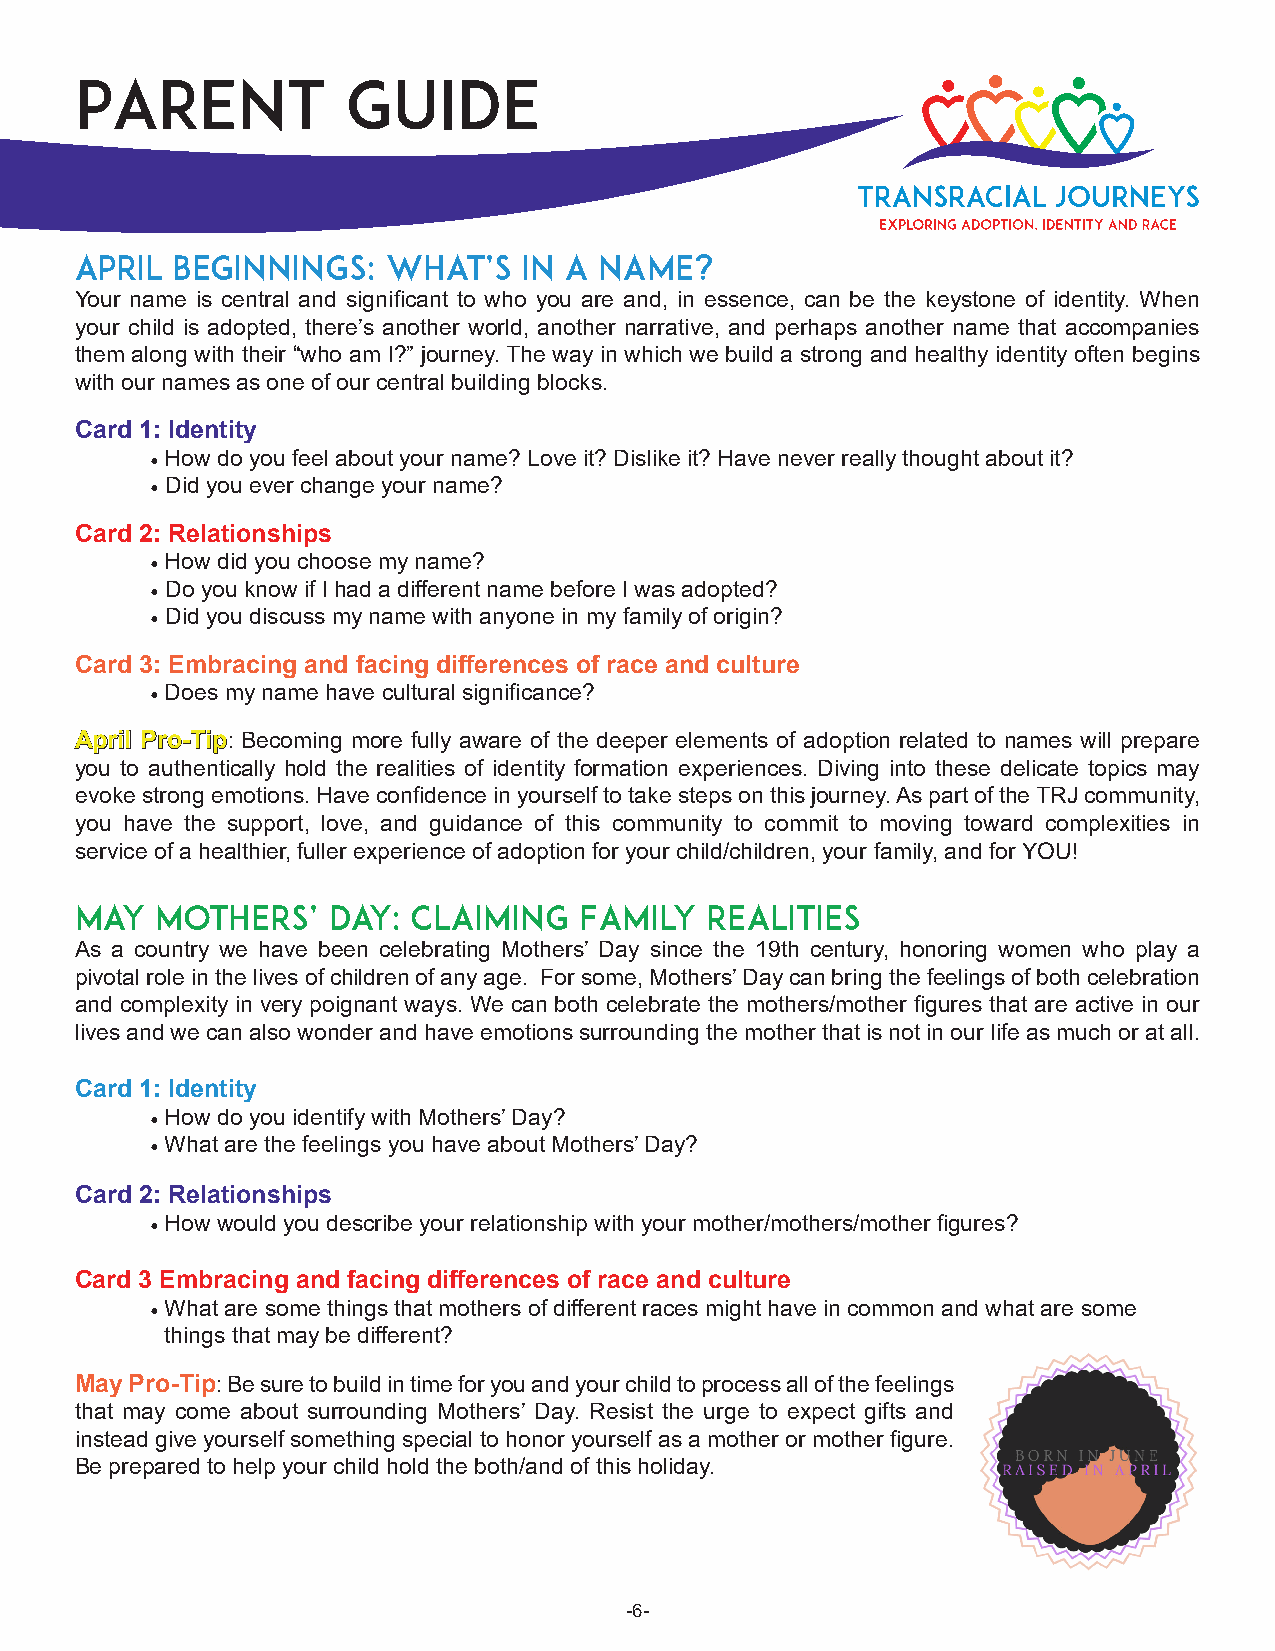
Parent            Guide
 April Beginnings:    What’s   in a Name?
 Your name is central and significant to who you are and, in essence, can be the keystone of identity. When
 your child is adopted, there’s another world, another narrative, and perhaps another name that accompanies
 them along with their “who am I?” journey. The way in which we build a strong and healthy identity often begins
 with our names as one of our central building blocks.
 Card 1: Identity
 • How do you feel about your name? Love it? Dislike it? Have never really thought about it?
 • Did you ever change your name?
 Card 2: Relationships
 • How did you choose my name?
 • Do you know if I had a different name before I was adopted?
 • Did you discuss my name with anyone in my family of origin?
 Card 3: Embracing and facing differences of race and culture
 • Does my name have cultural significance?
 AApprriill PPrroo--TTiipp: Becoming more fully aware of the deeper elements of adoption related to names will prepare
 you to authentically hold the realities of identity formation experiences. Diving into these delicate topics may
 evoke strong emotions. Have confidence in yourself to take steps on this journey. As part of the TRJ community,
 you have the support, love, and guidance of this community to commit to moving toward complexities in
 service of a healthier, fuller experience of adoption for your child/children, your family, and for YOU!
 May  Mothers’    Day: Claiming   Family   Realities
 As a country we have been celebrating Mothers’ Day since the 19th century, honoring women who play a
 pivotal role in the lives of children of any age. For some, Mothers’ Day can bring the feelings of both celebration
 and complexity in very poignant ways. We can both celebrate the mothers/mother figures that are active in our
 lives and we can also wonder and have emotions surrounding the mother that is not in our life as much or at all.
 Card 1: Identity
 • How do you identify with Mothers’ Day?
 • What are the feelings you have about Mothers’ Day?
 Card 2: Relationships
 • How would you describe your relationship with your mother/mothers/mother figures?
 Card 3 Embracing and facing differences of race and culture
 • What are some things that mothers of different races might have in common and what are some
 things that may be different?
 May Pro-Tip: Be sure to build in time for you and your child to process all of the feelings
 that may come about surrounding Mothers’ Day. Resist the urge to expect gifts and
 instead give yourself something special to honor yourself as a mother or mother figure.
 Be prepared to help your child hold the both/and of this holiday.
 -6-